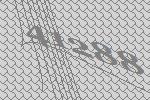
41288